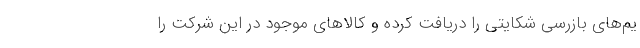
یم‌های بازرسی شکایتی را دریافت کرده و کالاهای موجود در این شرکت را